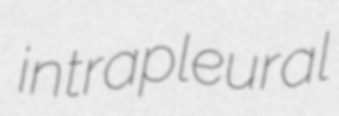
intrapleural